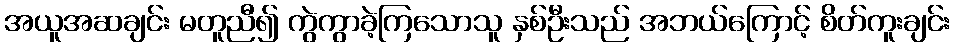
အယူအဆချင်း မတူညီ၍ ကွဲကွာခဲ့ကြသောသူ နှစ်ဦးသည် အဘယ်ကြောင့် စိတ်ကူးချင်း